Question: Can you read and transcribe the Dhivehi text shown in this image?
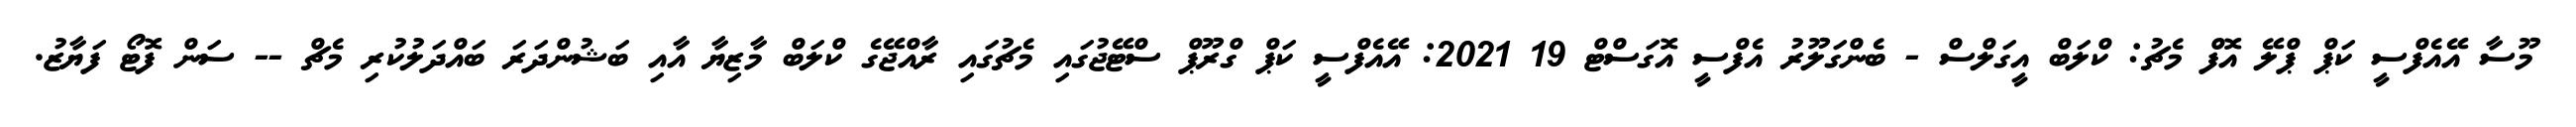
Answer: މޫސާ އޭއެފްސީ ކަޕް ޕްލޭ އޮފް މެޗު: ކްލަބް އީގަލްސް - ބެންގަލޫރު އެފްސީ އޮގަސްޓް 19 2021: އޭއެފްސީ ކަޕް ގްރޫޕް ސްޓޭޖުގައި މެޗުގައި ރާއްޖޭގެ ކްލަބް މާޒިޔާ އާއި ބަޝުންދަރަ ބައްދަލުކުރި މެޗް -- ސަން ފޮޓޯ ފަޔާޒު.